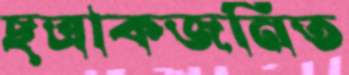
ছত্রাকজনিত